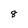
Character: 8